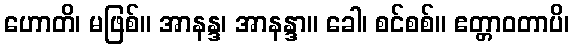
ဟောတိ၊ မဖြစ်။ အာနန္ဒ၊ အာနန္ဒာ။ ခေါ၊ စင်စစ်။ ဧတ္တာဝတာပိ၊